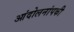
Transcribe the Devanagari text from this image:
आंदोलनांपकी